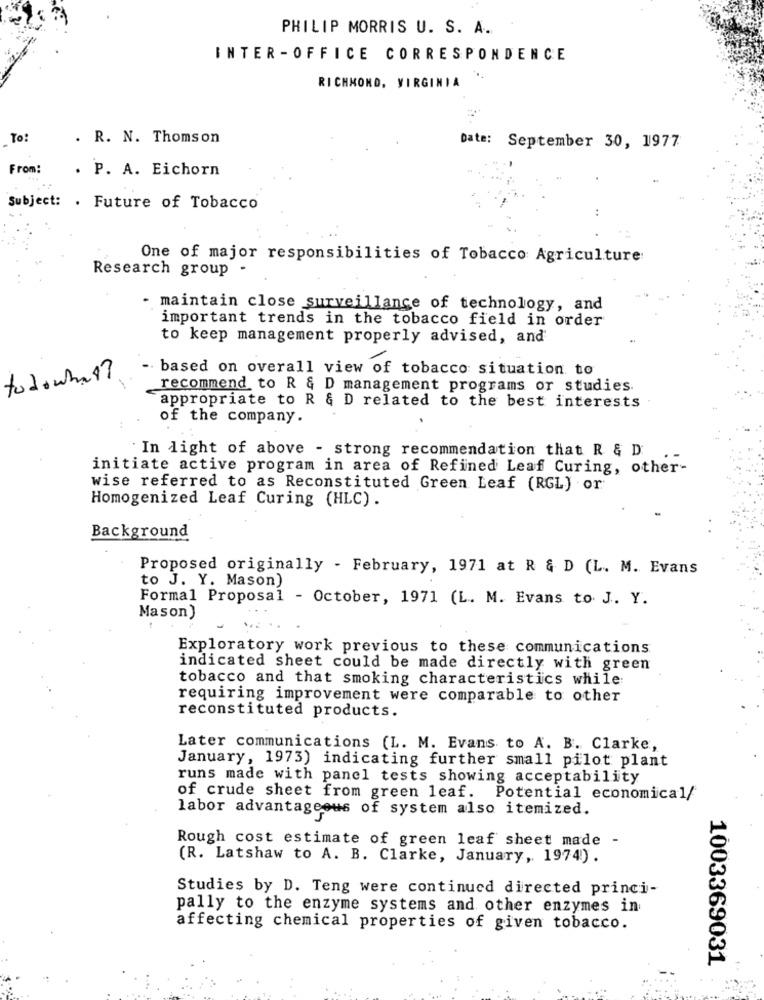
PHILIP MORRIS U. S. A.
INTER -OFFICE CORRESPONDENCE
RICHMOND, VIRGINIA
To:
. R. N. Thomson
Date: September 30, 1977
From:
. P. A. Eichorn
Subject: . Future of Tobacco
One of major responsibilities of Tobacco Agriculture:
Research group -
- maintain close surveillance of technology, and
important trends in the tobacco field in order
to keep management properly advised, and
based on overall view of tobacco situation to
todowhat?
recommend to R & D management programs or studies.
appropriate to R & D related to the best interests
of the company.
`In light of above - strong recommendation that R & D:
initiate active program in area of Refined Leaf Curing, other-
wise referred to as Reconstituted Green Leaf (RGL) or
Homogenized Leaf Curing (HLC) .
Background
Proposed originally - February, 1971 at R & D (L. M. Evans
to J. Y. Mason)
Formal Proposal - October, 1971 (L. M. Evans to. J. Y.
Mason)
Exploratory work previous to these communications
indicated sheet could be made directly with green
tobacco and that smoking characteristics while:
requiring improvement were comparable to other
reconstituted products.
Later communications (L. M. Evans to A. B. Clarke,
January, 1973) indicating further small pilot plant
runs made with panel tests showing acceptability
of crude sheet from green leaf. Potential economical/
labor advantageous of system also itemized.
Rough cost estimate of green leaf sheet made -
(R. Latshaw to A. B. Clarke, January, 1974).
Studies by D. Teng were continued directed princi-
pally to the enzyme systems and other enzymes in
affecting chemical properties of given tobacco.
1003369031